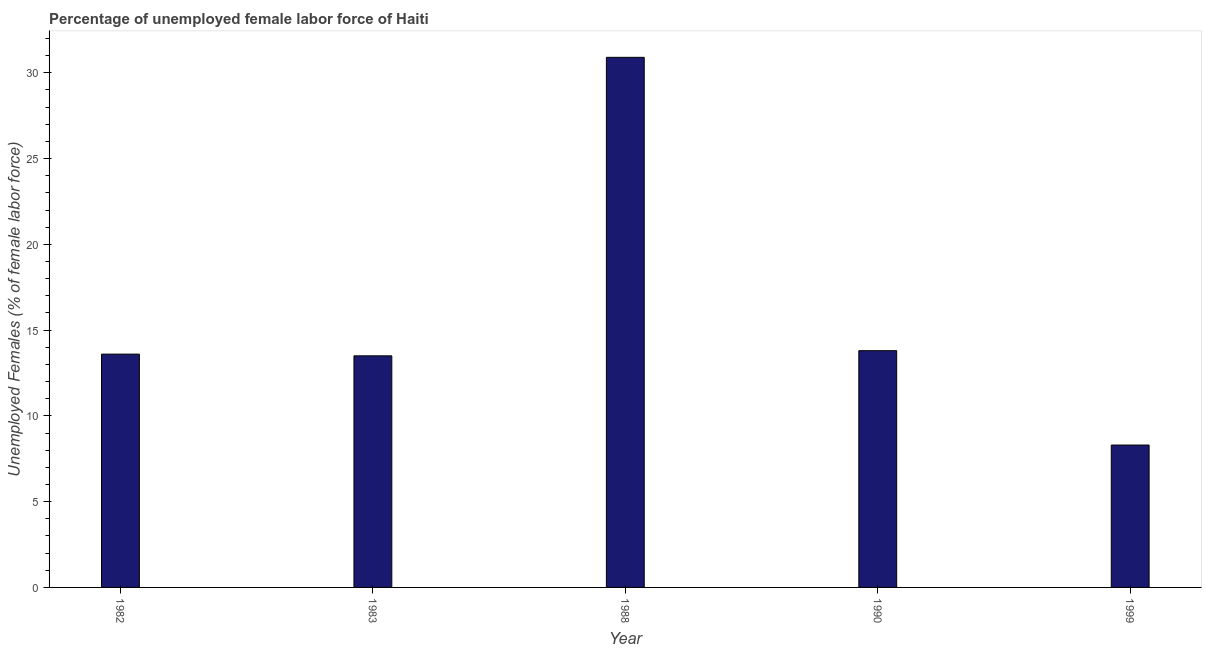
| Year | Unemployment female |
 | --- | --- |
 | 1982 | 13.6 |
 | 1983 | 13.5 |
 | 1988 | 30.9 |
 | 1990 | 13.8 |
 | 1999 | 8.3 |